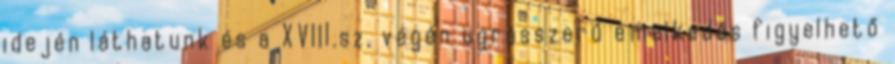
idején láthatunk és a XVIII.sz. végén ugrásszerű emelkedés figyelhető